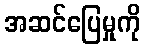
အဆင်ပြေမှုကို